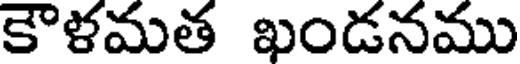
కౌళమత ఖండనము